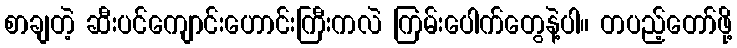
စာချတဲ့ ဆီးပင်ကျောင်းဟောင်းကြီးကလဲ ကြမ်းပေါက်တွေနဲ့ပါ။ တပည့်တော်ဖို့